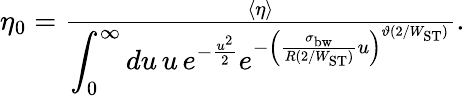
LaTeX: \begin{array}{r}{\eta_{0}=\frac{\langle\eta\rangle}{\displaystyle{\int_{0}^{\infty}du\, u\, e^{-\frac{u^{2}}{2}}e^{-\left(\frac{\sigma_{\mathrm{bw}}}{R(2/W_{\mathrm{ST}})}u\right)^{\vartheta(2/W_{\mathrm{ST}})}}}}.}\end{array}